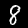
Digit: 8